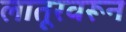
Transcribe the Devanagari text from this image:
लातूरवरून